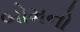
બોમનો